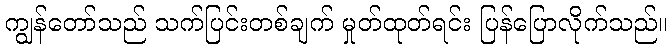
ကျွန်တော်သည် သက်ပြင်းတစ်ချက် မှုတ်ထုတ်ရင်း ပြန်ပြောလိုက်သည်။